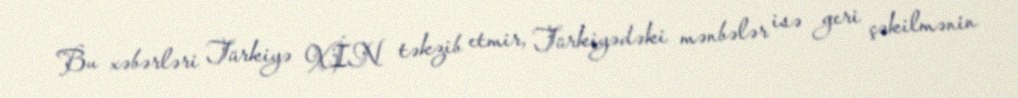
Bu xəbərləri Türkiyə XİN təkzib etmir, Türkiyədəki mənbələr isə geri çəkilmənin